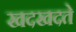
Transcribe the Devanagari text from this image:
खदखदते